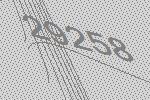
29258